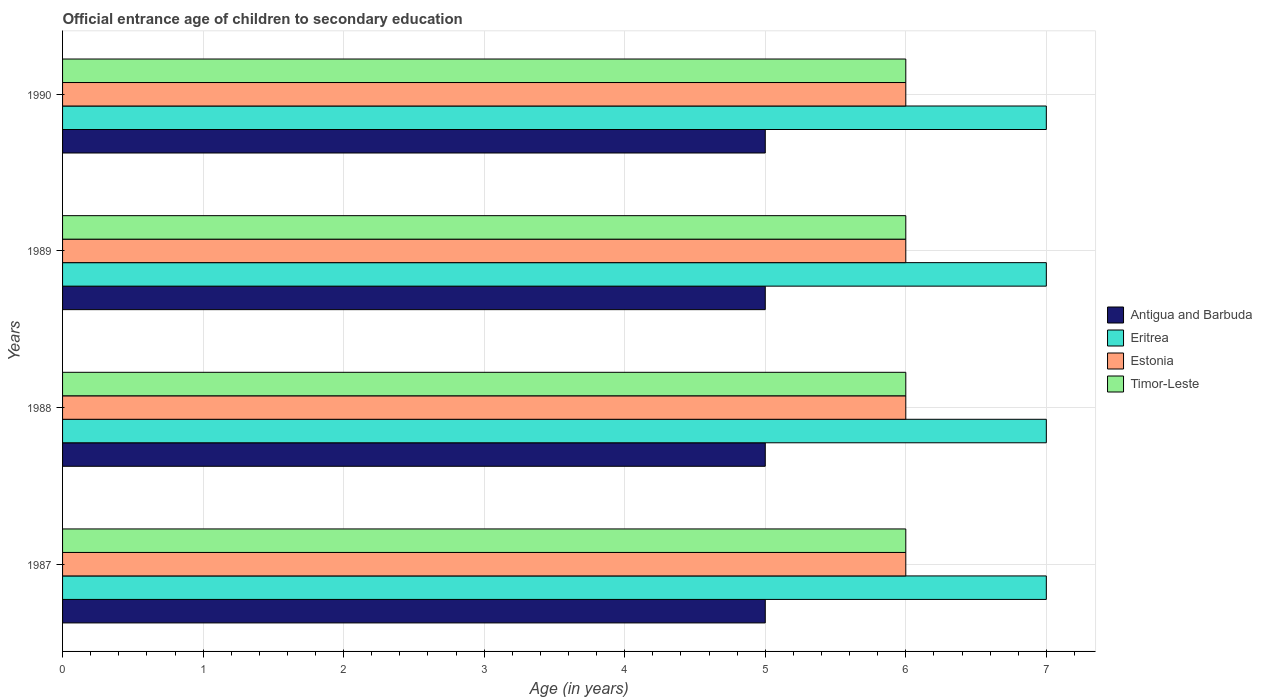
| Years | Antigua and Barbuda | Eritrea | Estonia | Timor-Leste |
 | --- | --- | --- | --- | --- |
 | 1987 | 5 | 7 | 6 | 6 |
 | 1988 | 5 | 7 | 6 | 6 |
 | 1989 | 5 | 7 | 6 | 6 |
 | 1990 | 5 | 7 | 6 | 6 |